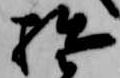
拙